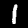
Digit: 1